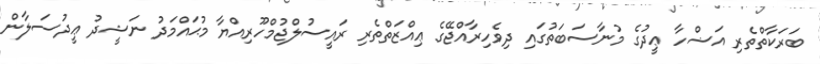
ބަރަކާތްތެރި އަޟްހާ ޢީދުގެ މުނާސަބަތުގައި ދިވެހިރާއްޖޭގެ ޢިއްޒަތްތެރި ރައީސުލްޖުމްހޫރިއްޔާ މުޙައްމަދު ނަޝީދު ޢީދުސަލާން